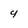
Character: 4